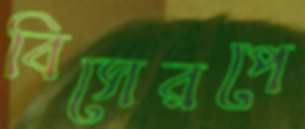
বিসেরপে